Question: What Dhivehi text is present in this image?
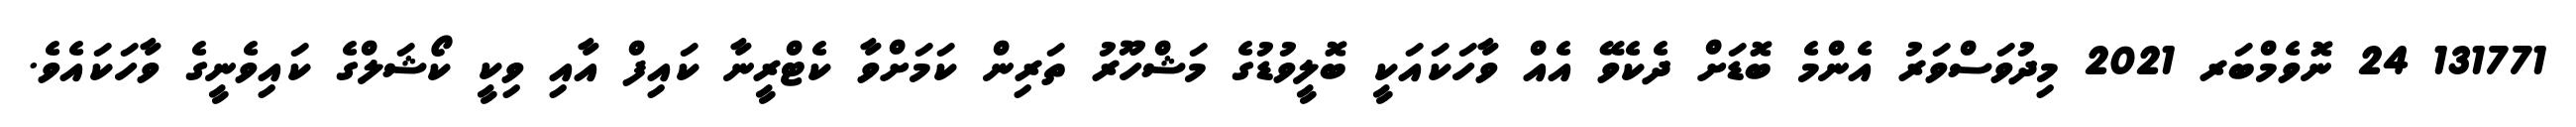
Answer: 131771 24 ނޮވެމްބަރ 2021 މިދުވަސްވަރު އެންމެ ބޮޑަށް ދެކެވޭ އެއް ވާހަކައަކީ ބޮލީވުޑުގެ މަޝްހޫރު ތަރިން ކަމަށްވާ ކެޓްރީނާ ކައިފް އާއި ވިކީ ކޯޝަލްގެ ކައިވެނީގެ ވާހަކައެވެ.